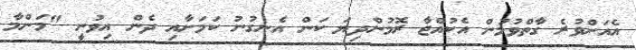
އެއަށްވުރެ ގާތްވުމުން އެކުއްޖާ ރޮމުންދިޔަ ކަން އެނގުނު ކަމަށާއި ދެން އިވުނީ "މަންމާ